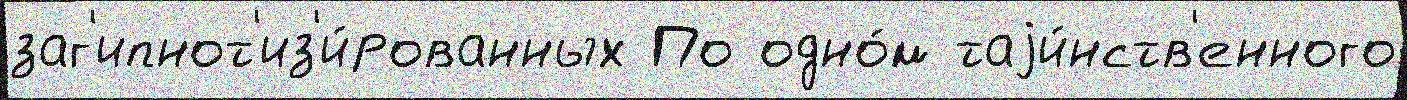
заг'ипнот'из'и́рованных По одно́м таjи́нств'енного